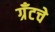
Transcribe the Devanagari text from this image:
ग्रँटचे